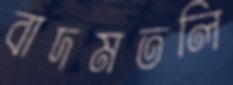
বাদমতলি